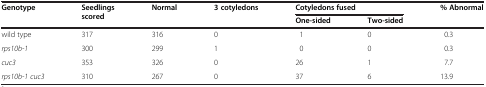
| <ROWSPAN=2> Genotype | <ROWSPAN=2> Seedlings scored | <ROWSPAN=2> Normal | <ROWSPAN=2> 3 cotyledons | <COLSPAN=2> Cotyledons fused | <ROWSPAN=2> % Abnormal |
 | One-sided | Two-sided |
 | --- | --- | --- | --- | --- | --- | --- |
 | wild type | 317 | 316 | 0 | 1 | 0 | 0.3 |
 | rps10b-1 | 300 | 299 | 1 | 0 | 0 | 0.3 |
 | cuc3 | 353 | 326 | 0 | 26 | 1 | 7.7 |
 | rps10b-1 cuc3 | 310 | 267 | 0 | 37 | 6 | 13.9 |